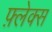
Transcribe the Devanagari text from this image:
फ़्लेक्स